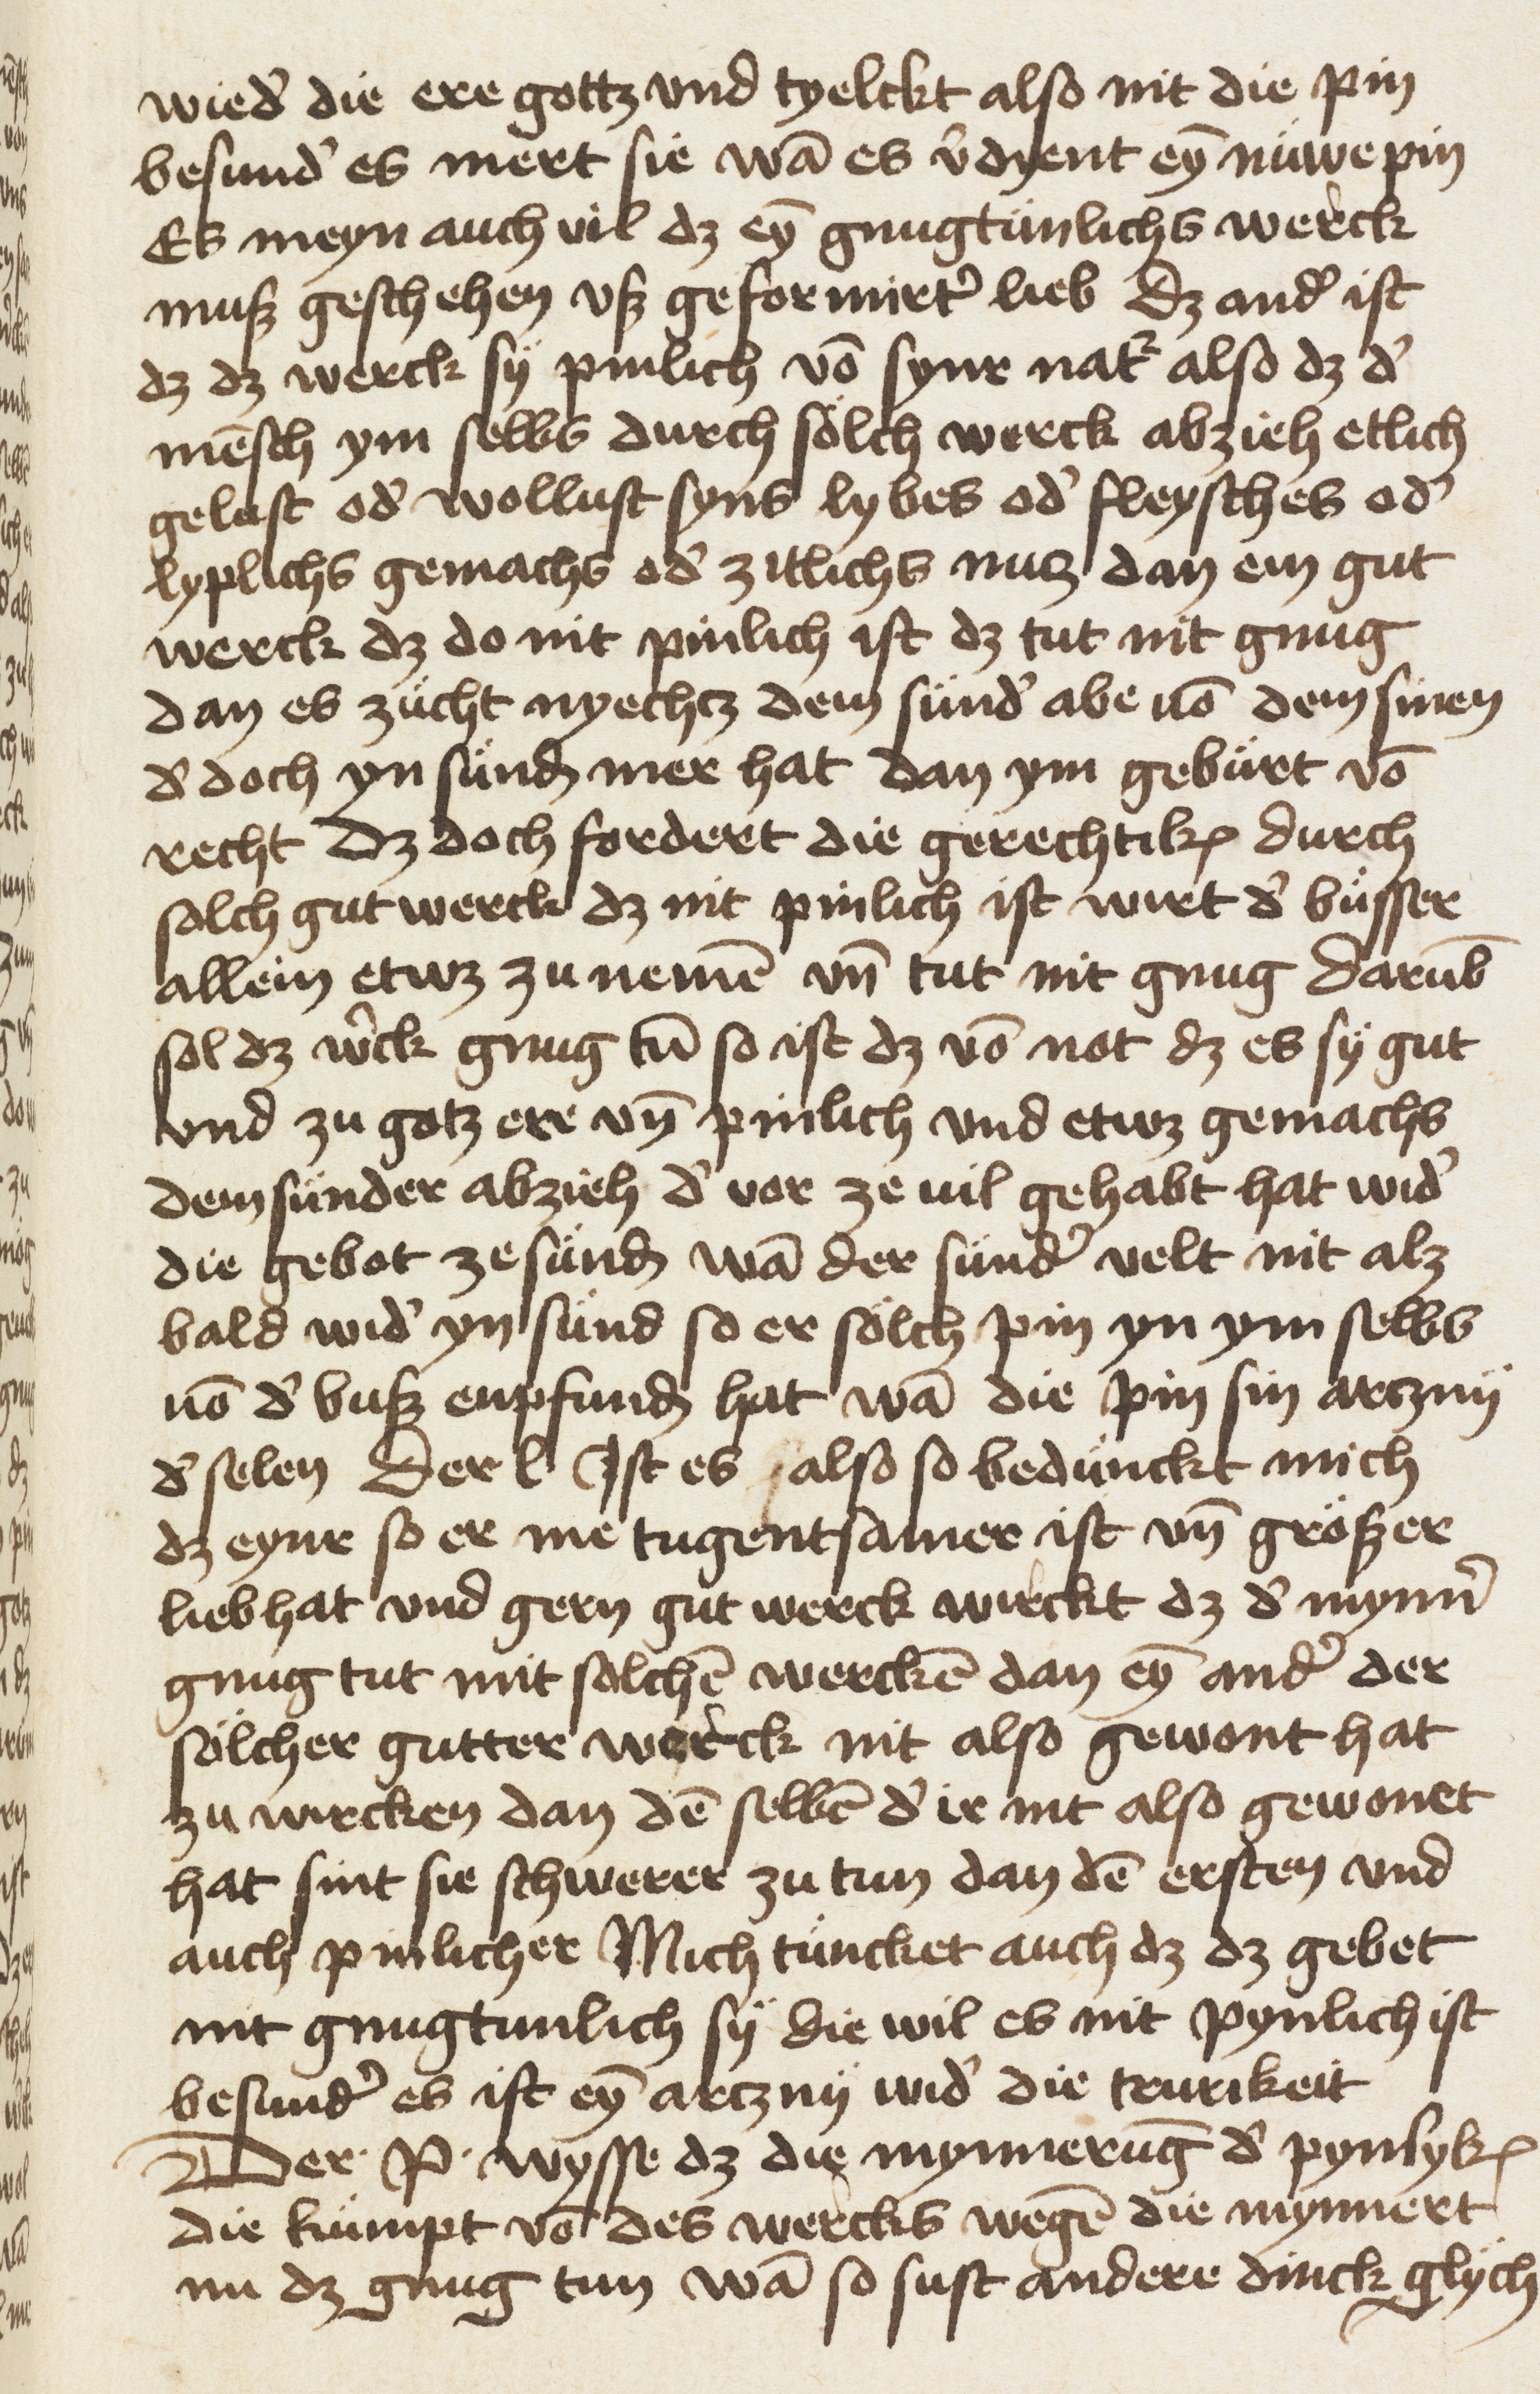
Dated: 1453–1453